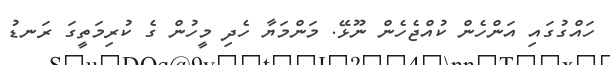
ހައްގުގައި އަންހެން ކުއްޖެހެން ނޫޅޭ. މަންމަޔާ ހެދި މީހުން ގެ ކުރިމަތީގަ ރަނޑު